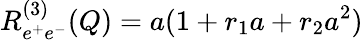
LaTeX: R_{e^{+}e^{-}}^{(3)}(Q)=a(1+r_{1}a+r_{2}a^{2})